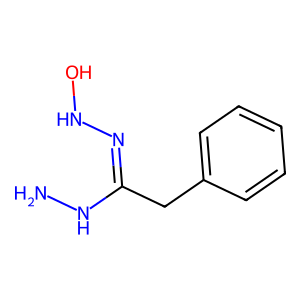
SMILES: NNC(Cc1ccccc1)=NNO
Inhibits HIV replication: No